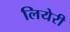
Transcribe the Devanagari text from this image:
लियेरी